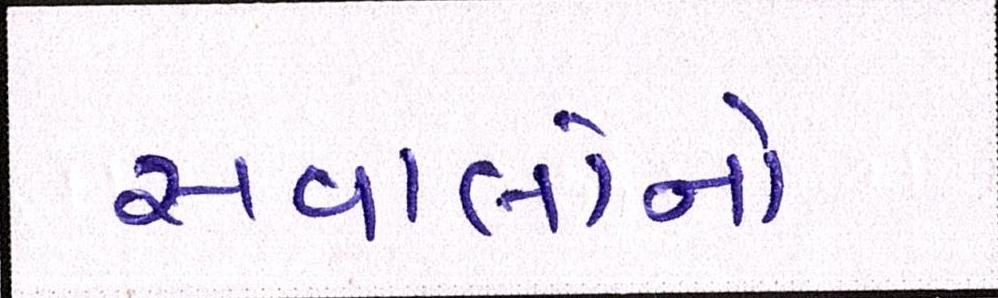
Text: સવાલોનો